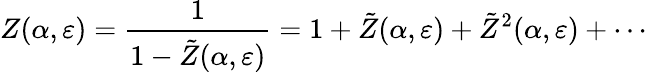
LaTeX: Z(\alpha,\varepsilon)=\frac{1}{1-\tilde{Z}(\alpha,\varepsilon)}=1+\tilde{Z}(\alpha,\varepsilon)+\tilde{Z}^{2}(\alpha,\varepsilon)+\cdots